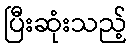
ပြီးဆုံးသည့်